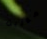
مورين